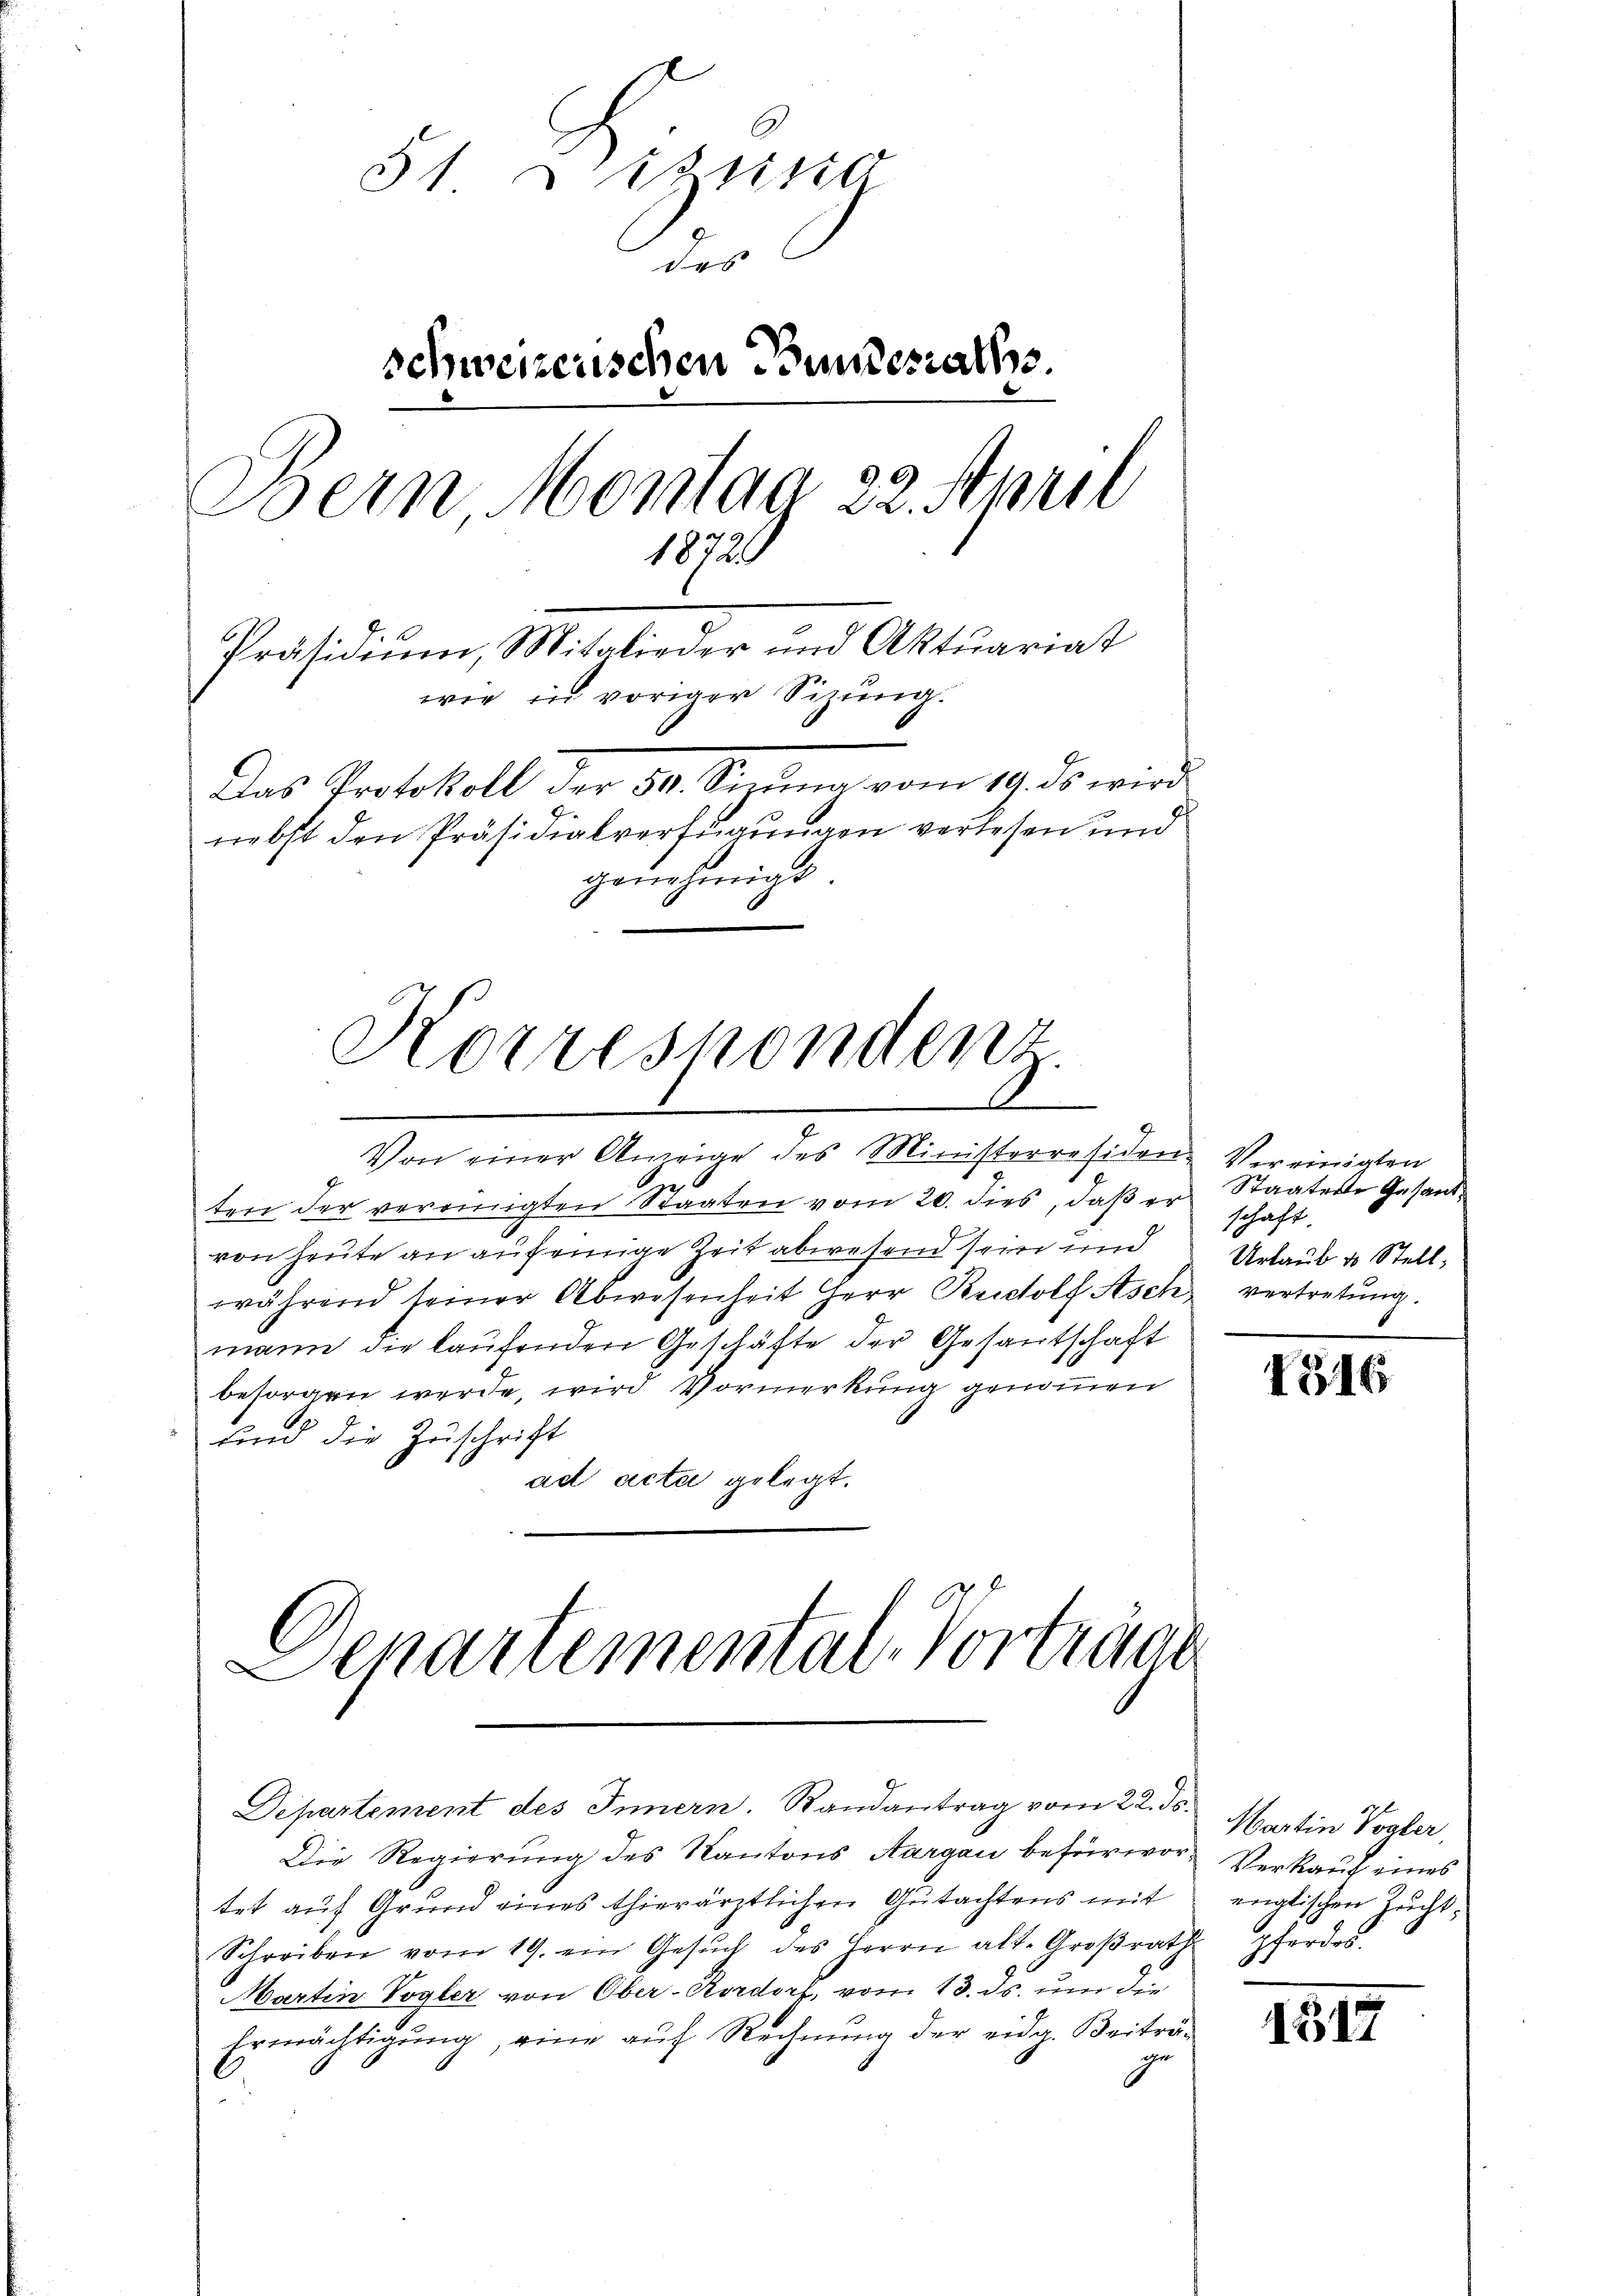
51 Dizeiso
des
schweizerischen Bundesraths.
Dein Montag 22. April
18729
Präsidium, Mitglieder und Aktuariat
wie in voriger Sizung.
Das Protokoll der 50. Sizŭng vom 19. ds wird
nebst den Präsidialverfügungen verlesen und
genehmigt
Korrespondenz

Von einer Anzeige des Ministerresiden Vereinigten
ten der vereinigten Staaten vom 20. dies, daß er Staaten Gesandvon heute an auf einige Zeit abwesend sein und Urlaub & Stellwährend seiner Abwesenheit Herr Rectolf Asch vertretŭng.
mann die laŭfenden Geschäfte der Gesantschaft
besorgen werde, wird Vormerkung genommen
und die Zuschrift
ad acta gelegt.

Denartemenstal-Vorträge
Departement des Innern. Randantrag vom 22. ds.

Die Regierung des Kantons Aargau befürwortet auf Grund eines thierärztlichen Gutachtens mit
Schreiben vom 19. ein Gesŭch des Herrn alt-Groβrath
Martin Vogler von Ober-Rordorf, vom 13. ds. um die
Ermächtigung, eine auf Rechnung der eidg. Beiträ-
iher

schaft.

1516

Martin Vogler,
Verkauf eines
englischen Zucht.
pferdes

1517